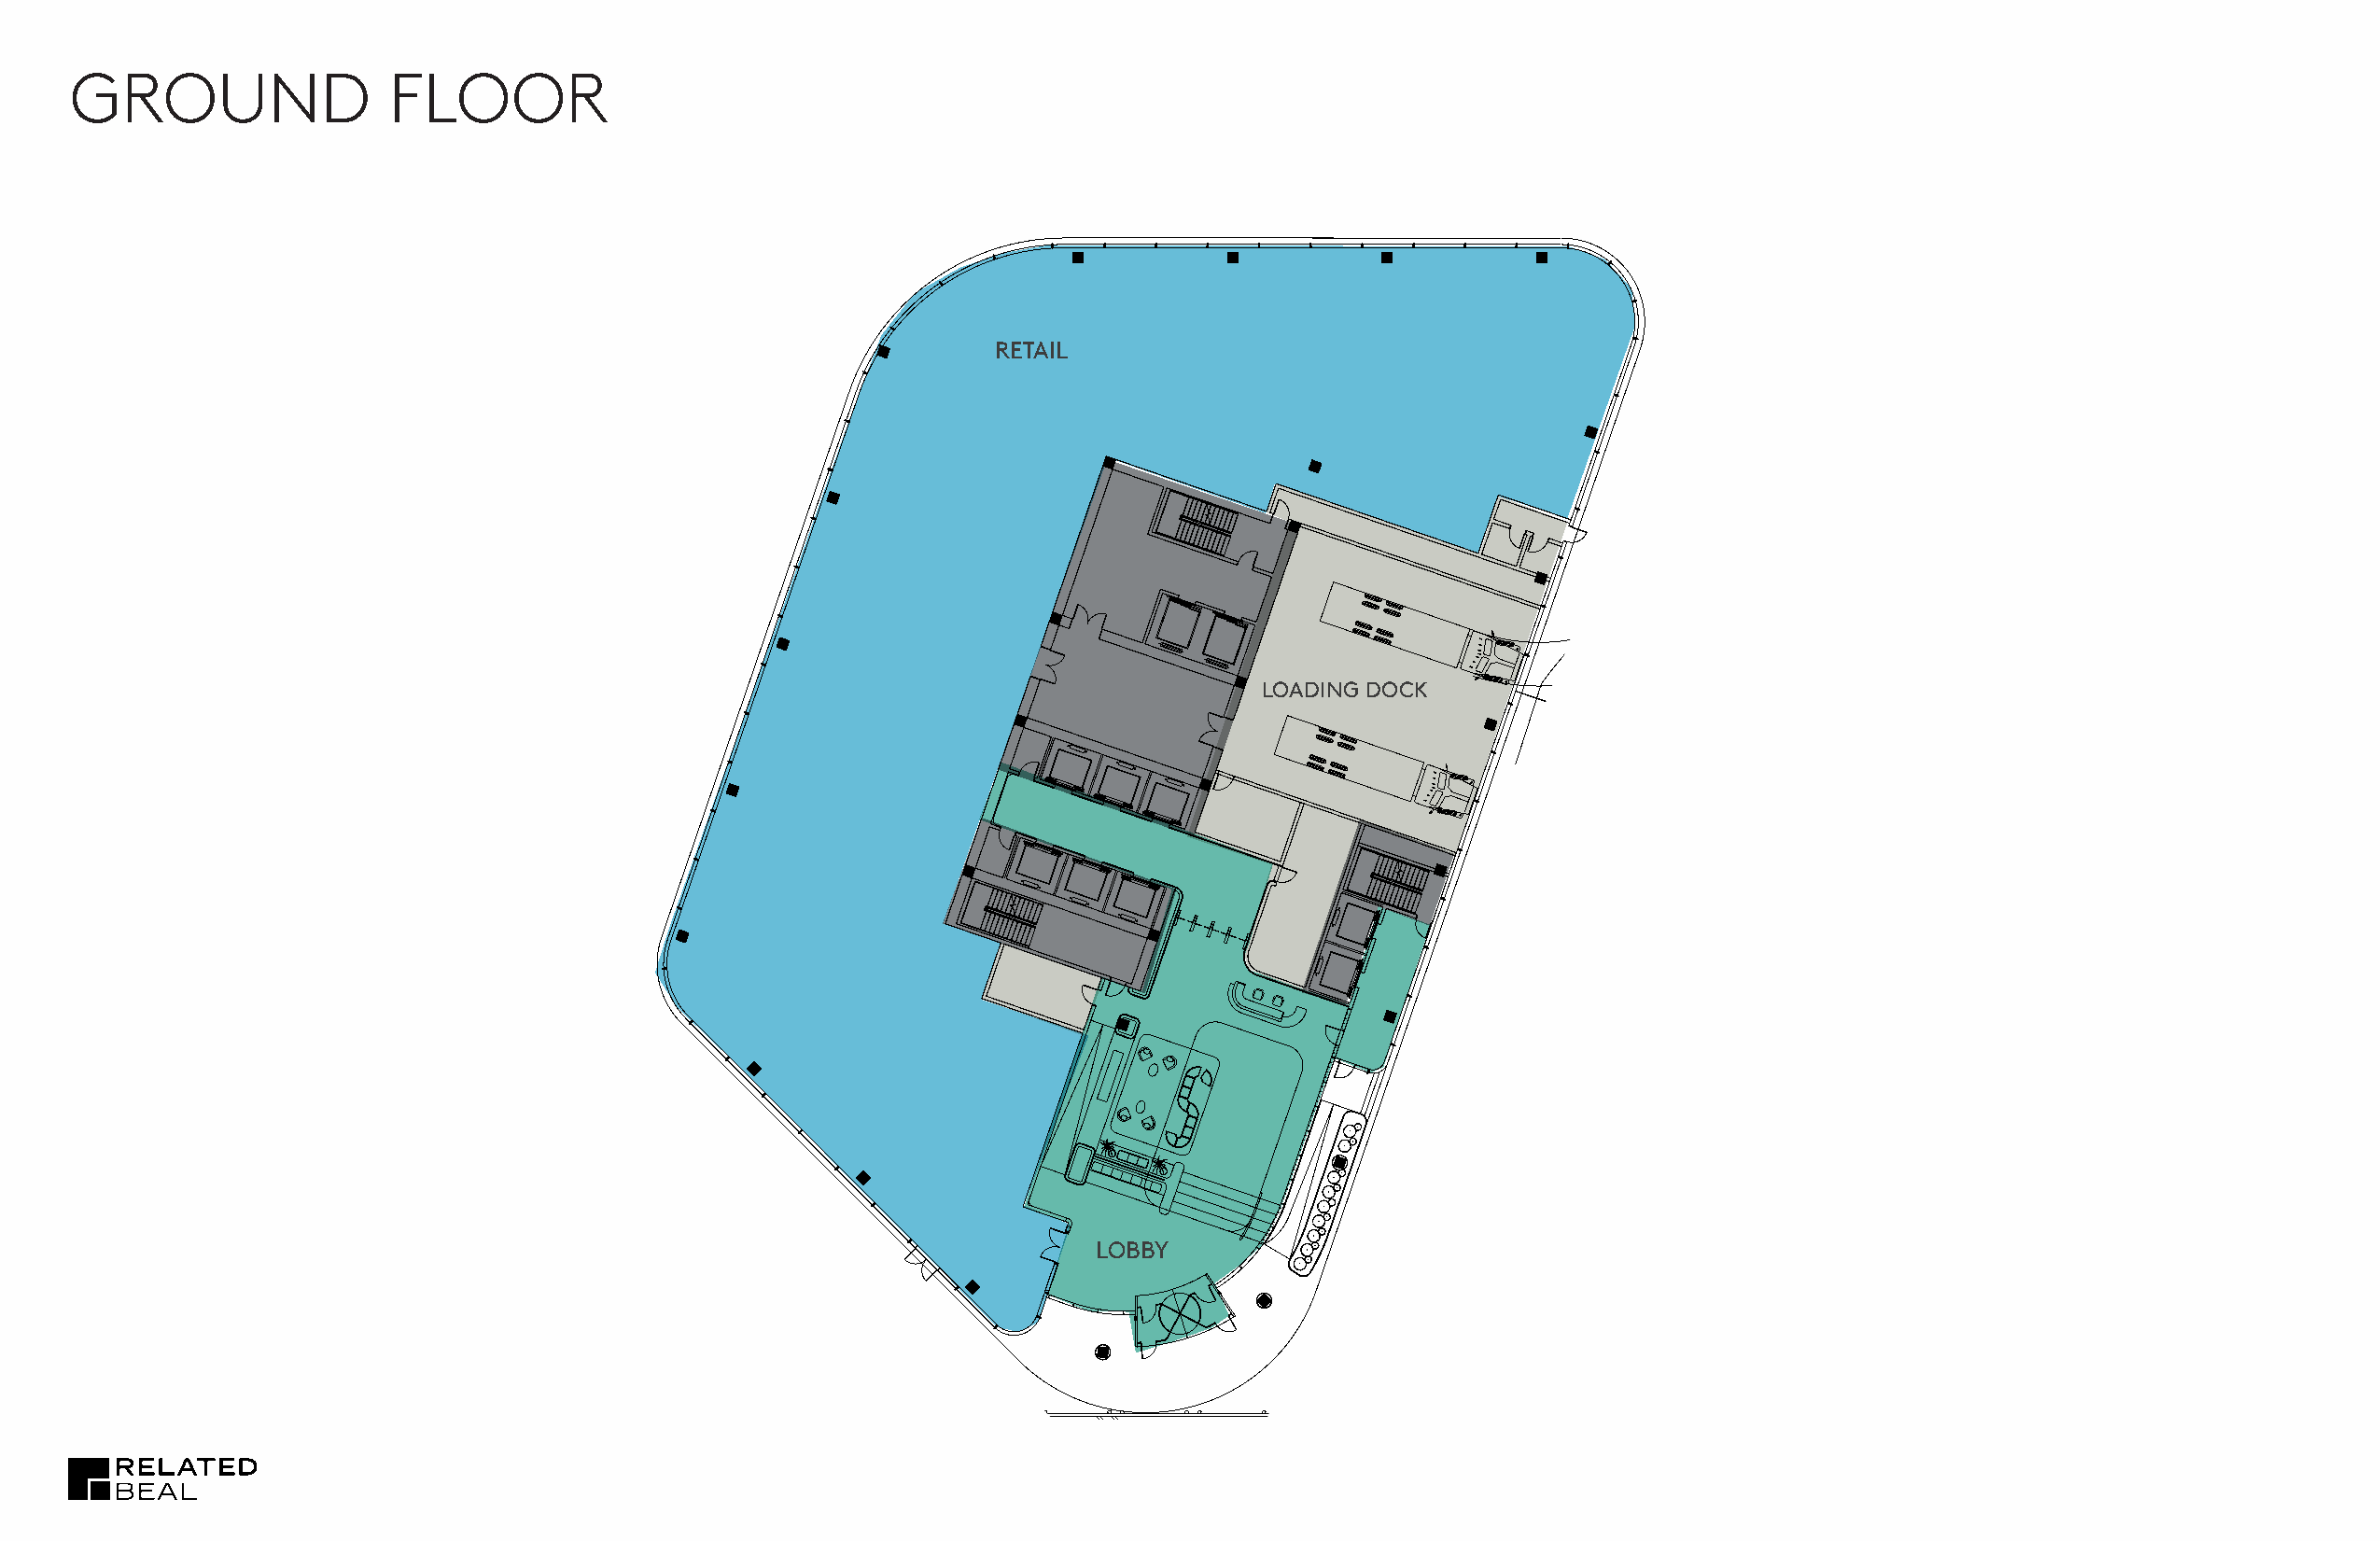
G5     | GROUND             FLOOR         PLAN       : BLOCKING
 GROUND                 FLOOR
 RETAIL
 LOADING DOCK
 LOBBY